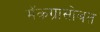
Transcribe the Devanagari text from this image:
मॅकग्रासोबत